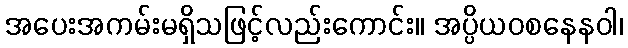
အပေးအကမ်းမရှိသဖြင့်လည်းကောင်း။ အပ္ပိယဝစနေနဝါ၊